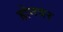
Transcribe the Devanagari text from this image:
होनवर